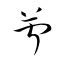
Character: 苧